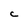
Character: C